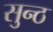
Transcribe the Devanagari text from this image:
सुन्ठ